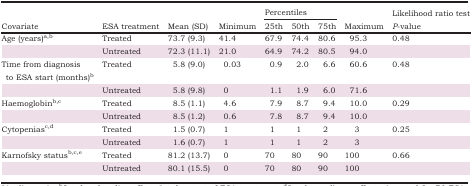
<table><thead><tr><td rowspan="2"><b>Covariate</b></td><td rowspan="2"><b>ESA treatment</b></td><td rowspan="2"><b>Mean (SD)</b></td><td rowspan="2"><b>Minimum</b></td><td colspan="3"><b>Percentiles</b></td><td rowspan="2"><b>Maximum</b></td><td rowspan="2"><b>Likelihood ratio test <i>P</i>‐value</b></td></tr><tr><td><b>25th</b></td><td><b>50th</b></td><td><b>75th</b></td></tr></thead><tbody><tr><td>Age (years)a<sup>,</sup>b</td><td>Treated</td><td>73.7 (9.3)</td><td>41.4</td><td>67.9</td><td>74.4</td><td>80.6</td><td>95.3</td><td>0.48</td></tr><tr><td></td><td>Untreated</td><td>72.3 (11.1)</td><td>21.0</td><td>64.9</td><td>74.2</td><td>80.5</td><td>94.0</td><td></td></tr><tr><td>Time from diagnosis to ESA start (months)b</td><td>Treated</td><td>5.8 (9.0)</td><td>0.03</td><td>0.9</td><td>2.0</td><td>6.6</td><td>60.6</td><td>0.48</td></tr><tr><td></td><td>Untreated</td><td>5.8 (9.8)</td><td>0</td><td>1.1</td><td>1.9</td><td>6.0</td><td>71.6</td><td></td></tr><tr><td>Haemoglobinb<sup>,</sup>c</td><td>Treated</td><td>8.5 (1.1)</td><td>4.6</td><td>7.9</td><td>8.7</td><td>9.4</td><td>10.0</td><td>0.29</td></tr><tr><td></td><td>Untreated</td><td>8.5 (1.2)</td><td>0.6</td><td>7.8</td><td>8.7</td><td>9.4</td><td>10.0</td><td></td></tr><tr><td>Cytopeniasc<sup>,</sup>d</td><td>Treated</td><td>1.5 (0.7)</td><td>1</td><td>1</td><td>1</td><td>2</td><td>3</td><td>0.25</td></tr><tr><td></td><td>Untreated</td><td>1.6 (0.7)</td><td>1</td><td>1</td><td>1</td><td>2</td><td>3</td><td></td></tr><tr><td>Karnofsky statusb<sup>,</sup>c<sup>,</sup>e</td><td>Treated</td><td>81.2 (13.7)</td><td>0</td><td>70</td><td>80</td><td>90</td><td>100</td><td>0.66</td></tr><tr><td></td><td>Untreated</td><td>80.1 (15.5)</td><td>0</td><td>70</td><td>80</td><td>90</td><td>100</td><td></td></tr></tbody></table>